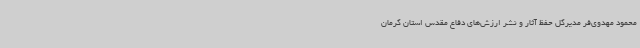
محمود مهدوی‌فر مدیرکل حفظ آثار و نشر ارزش‌های دفاع مقدس استان کرمان